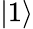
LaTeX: \left|1\right\rangle